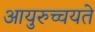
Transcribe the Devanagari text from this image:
आयुरुच्चयते